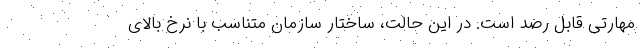
مهارتی قابل رصد است. در این حالت، ساختار سازمان متناسب با نرخ بالای